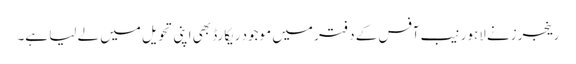
رینجرزنے لاہور نیب آفس کے دفتر میں موجود ریکارڈ بھی اپنی تحویل میں لے لیا ہے۔